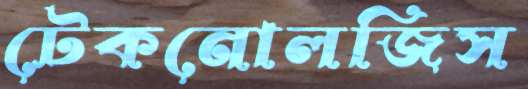
টেকনোলজিস